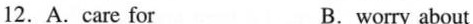
12.A.care for